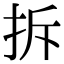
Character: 拆